Leaving Certificate Examination (including Day School Certificate (Higher) General paper), 1926
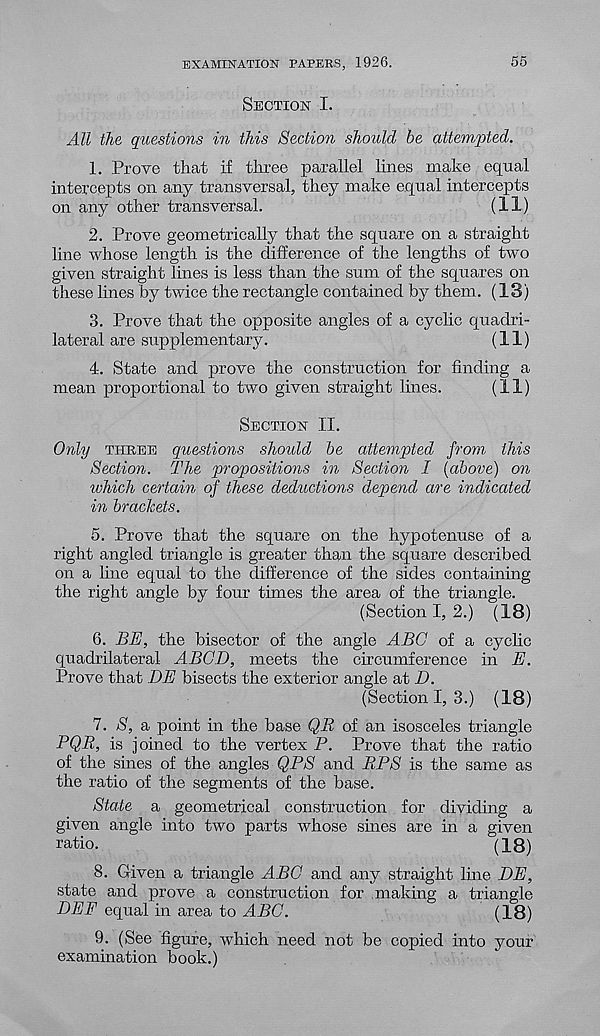
EXAMINATION PAPERS, 1926.
55
Section I.
All the questions in this Section should be attempted.
1. Prove that if three parallel lines make equal
intercepts on any transversal, they make equal intercepts
on any other transversal.
(11)
2. Prove geometrically that the square on a straight
line whose length is the difference of the lengths of two
given straight lines is less than the sum of the squares on
these lines by twice the rectangle contained by them. (18)
3. Prove that the opposite angles of a cyclic quadri-
lateral are supplementary.
(11)
4. State and prove the construction for finding a
mean proportional to two given straight lines.
(11)
Section II.
Only three questions should be attempted from this
Section. The propositions in Section I (above) on
which certain of these deductions depend are indicated
in brackets.
5. Prove that the square on the hypotenuse of a
right angled triangle is greater than the square described
on a line equal to the difference of the sides containing
the right angle by four times the area of the triangle.
(Section I, 2.) (18)
6. BE, the bisector of the angle ABC of a cyclic
quadrilateral ABCD, meets the circumference in E.
Prove that DE bisects the exterior angle at D.
(Section I, 3.) (18)
7. S, a point in the base QR of an isosceles triangle
PQR, is joined to the vertex P. Prove that the ratio
of the sines of the angles QPS and EPS is the same as
the ratio of the segments of the base.
State a geometrical construction for dividing a
given angle into two parts whose sines are in a given
ratio.
(18)
8. Given a triangle ABC and any straight line DE,
state and prove a construction for making a triangle
DEF equal in area to ABC.
(18)
9. (See figure, which need not be copied into your
examination book.)